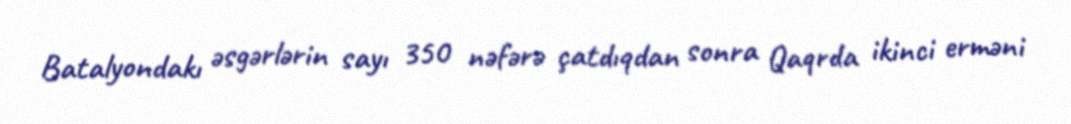
Batalyondakı əsgərlərin sayı 350 nəfərə çatdıqdan sonra Qaqrda ikinci erməni